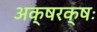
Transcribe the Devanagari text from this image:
अक्षरक्षः